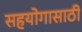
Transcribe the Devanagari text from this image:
सहयोगासाठी